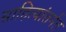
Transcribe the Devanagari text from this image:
साहित्यांतर्गत